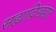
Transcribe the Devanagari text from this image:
सह्याद्रिखंडात